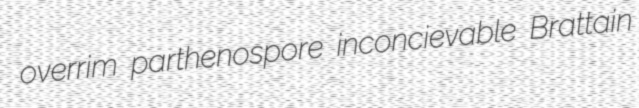
overrim parthenospore inconcievable Brattain